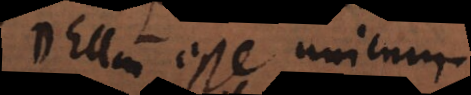
Deum esse unicum.